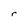
Character: r